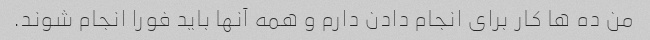
من ده ها کار برای انجام دادن دارم و همه آنها باید فورا انجام شوند.